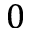
0